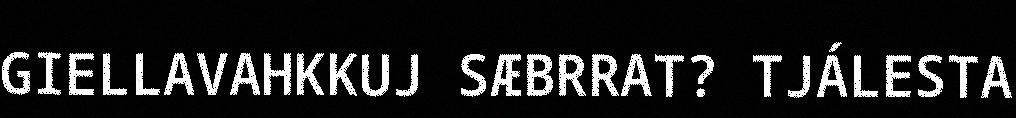
GIELLAVAHKKUJ SÆBRRAT? TJÁLESTA